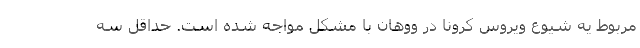
مربوط یه شیوع ویروس کرونا در ووهان با مشکل مواجه شده است. حداقل سه